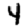
Digit: 4